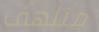
متلهف